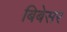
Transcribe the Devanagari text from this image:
बिबेसर